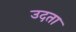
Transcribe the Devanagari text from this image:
उदता